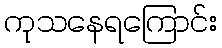
ကုသနေရကြောင်း